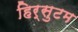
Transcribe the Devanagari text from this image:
हिर्सुटम